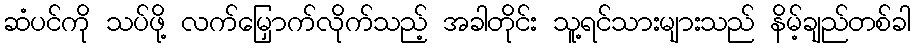
ဆံပင်ကို သပ်ဖို့ လက်မြှောက်လိုက်သည့် အခါတိုင်း သူ့ရင်သားများသည် နိမ့်ချည်တစ်ခါ